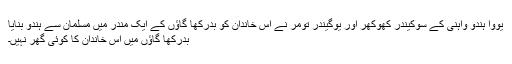
یووا ہندو واہنی کے سوکیندر کھوکھر اور یوگیندر تومر نے اس خاندان کو بدرکھا گاؤں کے ایک مندر میں مسلمان سے ہندو بنایا
بدرکھا گاؤں میں اس خاندان کا کوئی گھر نہیں۔